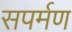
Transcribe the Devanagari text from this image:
सपर्मण